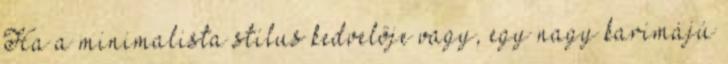
Ha a minimalista stílus kedvelője vagy, egy nagy karimájú